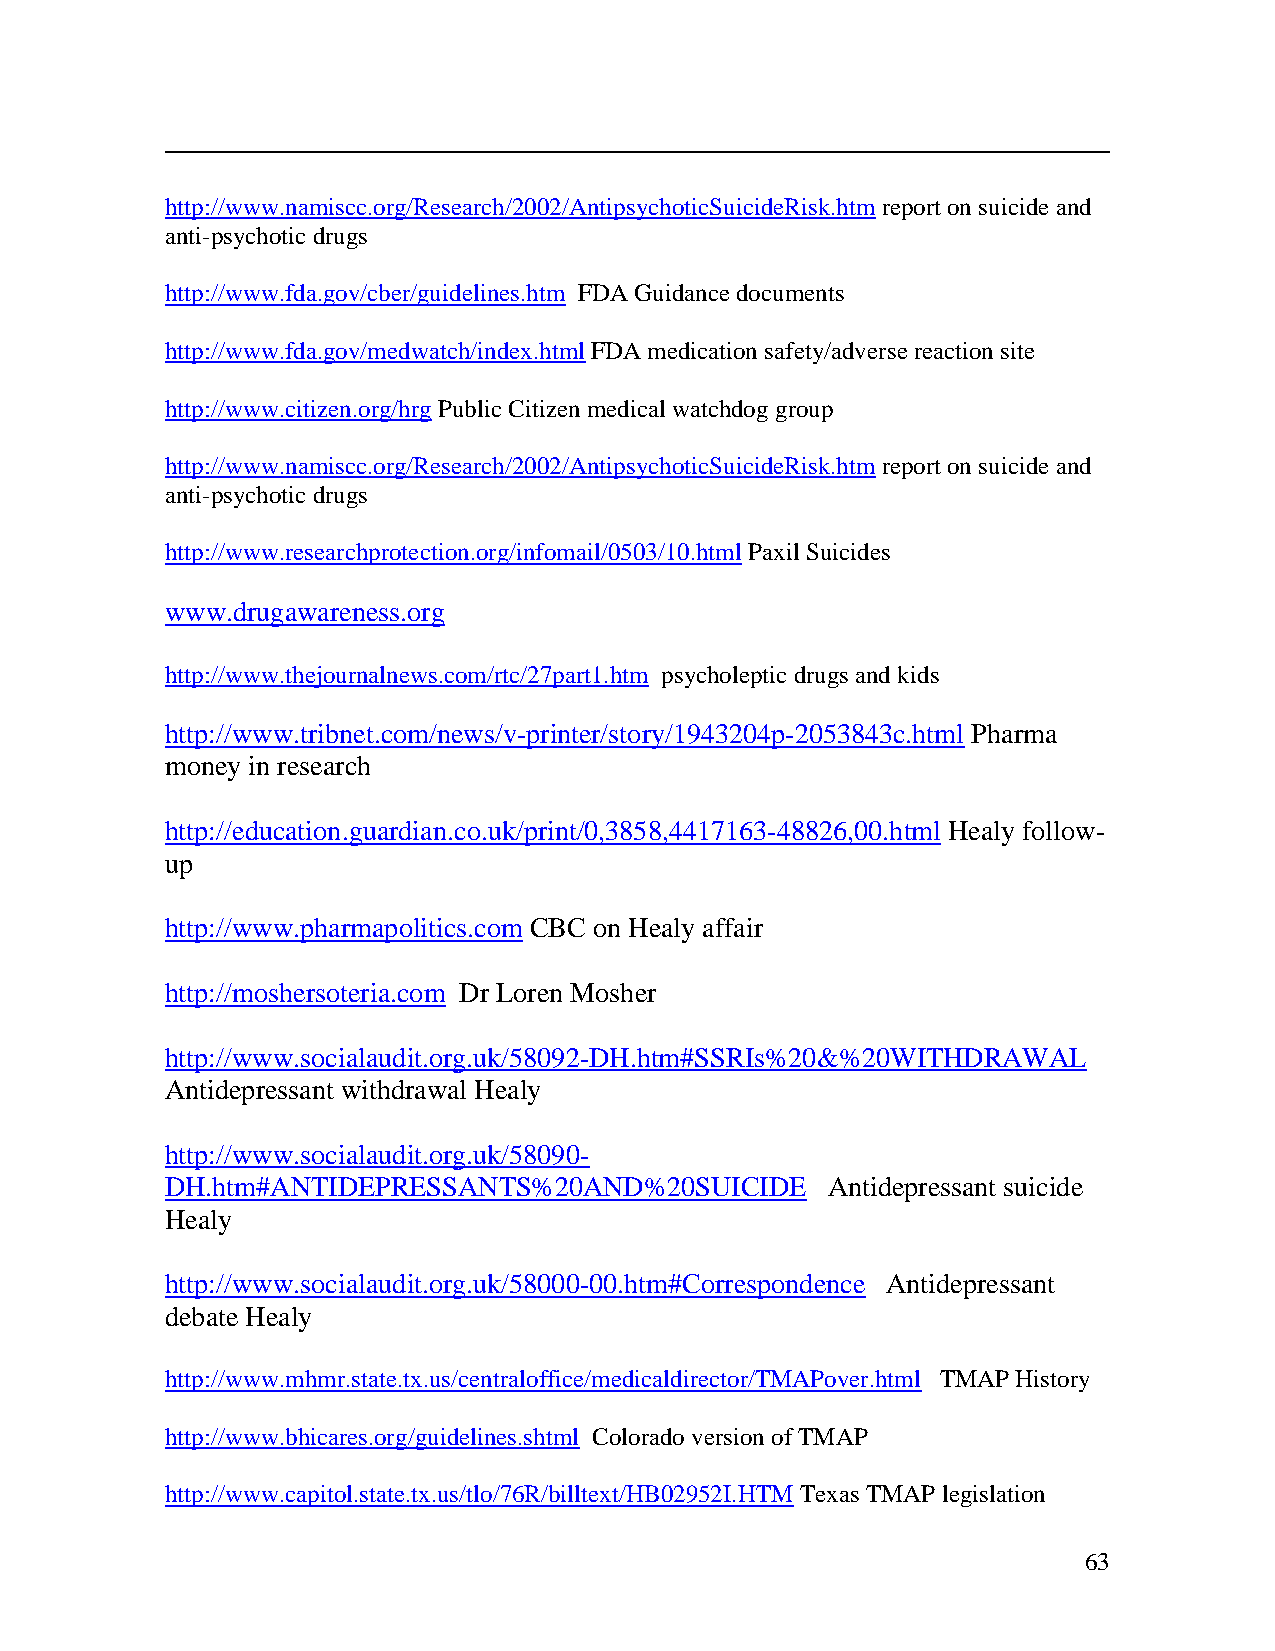
http://www.namiscc.org/Research/2002/AntipsychoticSuicideRisk.htm report onsuicideand
 anti-psychoticdrugs
 http://www.fda.gov/cber/guidelines.htm FDAGuidancedocuments
 http://www.fda.gov/medwatch/index.html FDAmedicationsafety/adversereactionsite
 http://www.citizen.org/hrgPublicCitizenmedical watchdoggroup
 http://www.namiscc.org/Research/2002/AntipsychoticSuicideRisk.htm report onsuicideand
 anti-psychoticdrugs
 http://www.researchprotection.org/infomail/0503/10.html Paxil Suicides
 www.drugawareness.org
 http://www.thejournalnews.com/rtc/27part1.htm psycholepticdrugs andkids
 http://www.tribnet.com/news/v-printer/story/1943204p-2053843c.html Pharma
 money in research
 http://education.guardian.co.uk/print/0,3858,4417163-48826,00.html Healy follow-
 up
 http://www.pharmapolitics.com CBC on Healy affair
 http://moshersoteria.com Dr Loren Mosher
 http://www.socialaudit.org.uk/58092-DH.htm#SSRIs%20&%20WITHDRAWAL
 Antidepressant withdrawal Healy
 http://www.socialaudit.org.uk/58090-
 DH.htm#ANTIDEPRESSANTS%20AND%20SUICIDE      Antidepressant suicide
 Healy
 http://www.socialaudit.org.uk/58000-00.htm#Correspondence Antidepressant
 debate Healy
 http://www.mhmr.state.tx.us/centraloffice/medicaldirector/TMAPover.html TMAP History
 http://www.bhicares.org/guidelines.shtml ColoradoversionofTMAP
 http://www.capitol.state.tx.us/tlo/76R/billtext/HB02952I.HTM Texas TMAP legislation
 63